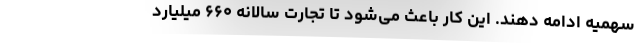
سهمیه ادامه دهند. این کار باعث می‌شود تا تجارت سالانه ۶۶۰ میلیارد